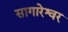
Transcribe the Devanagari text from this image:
सागारेश्वर